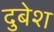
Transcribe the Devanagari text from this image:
दुबेश